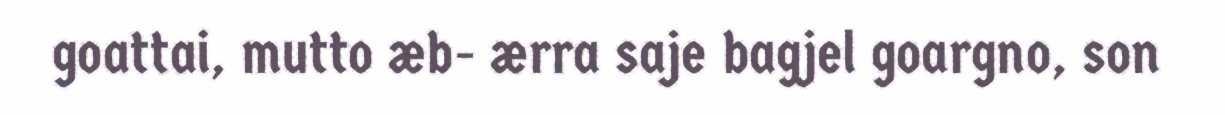
goattai, mutto æb- ærra saje bagjel goargno, son